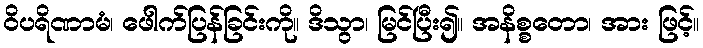
ဝိပရိဏာမံ၊ ဖေါက်ပြန်ခြင်းကို။ ဒိသွာ၊ မြင်ပြီး၍။ အနိစ္စတော၊ အား ဖြင့်။